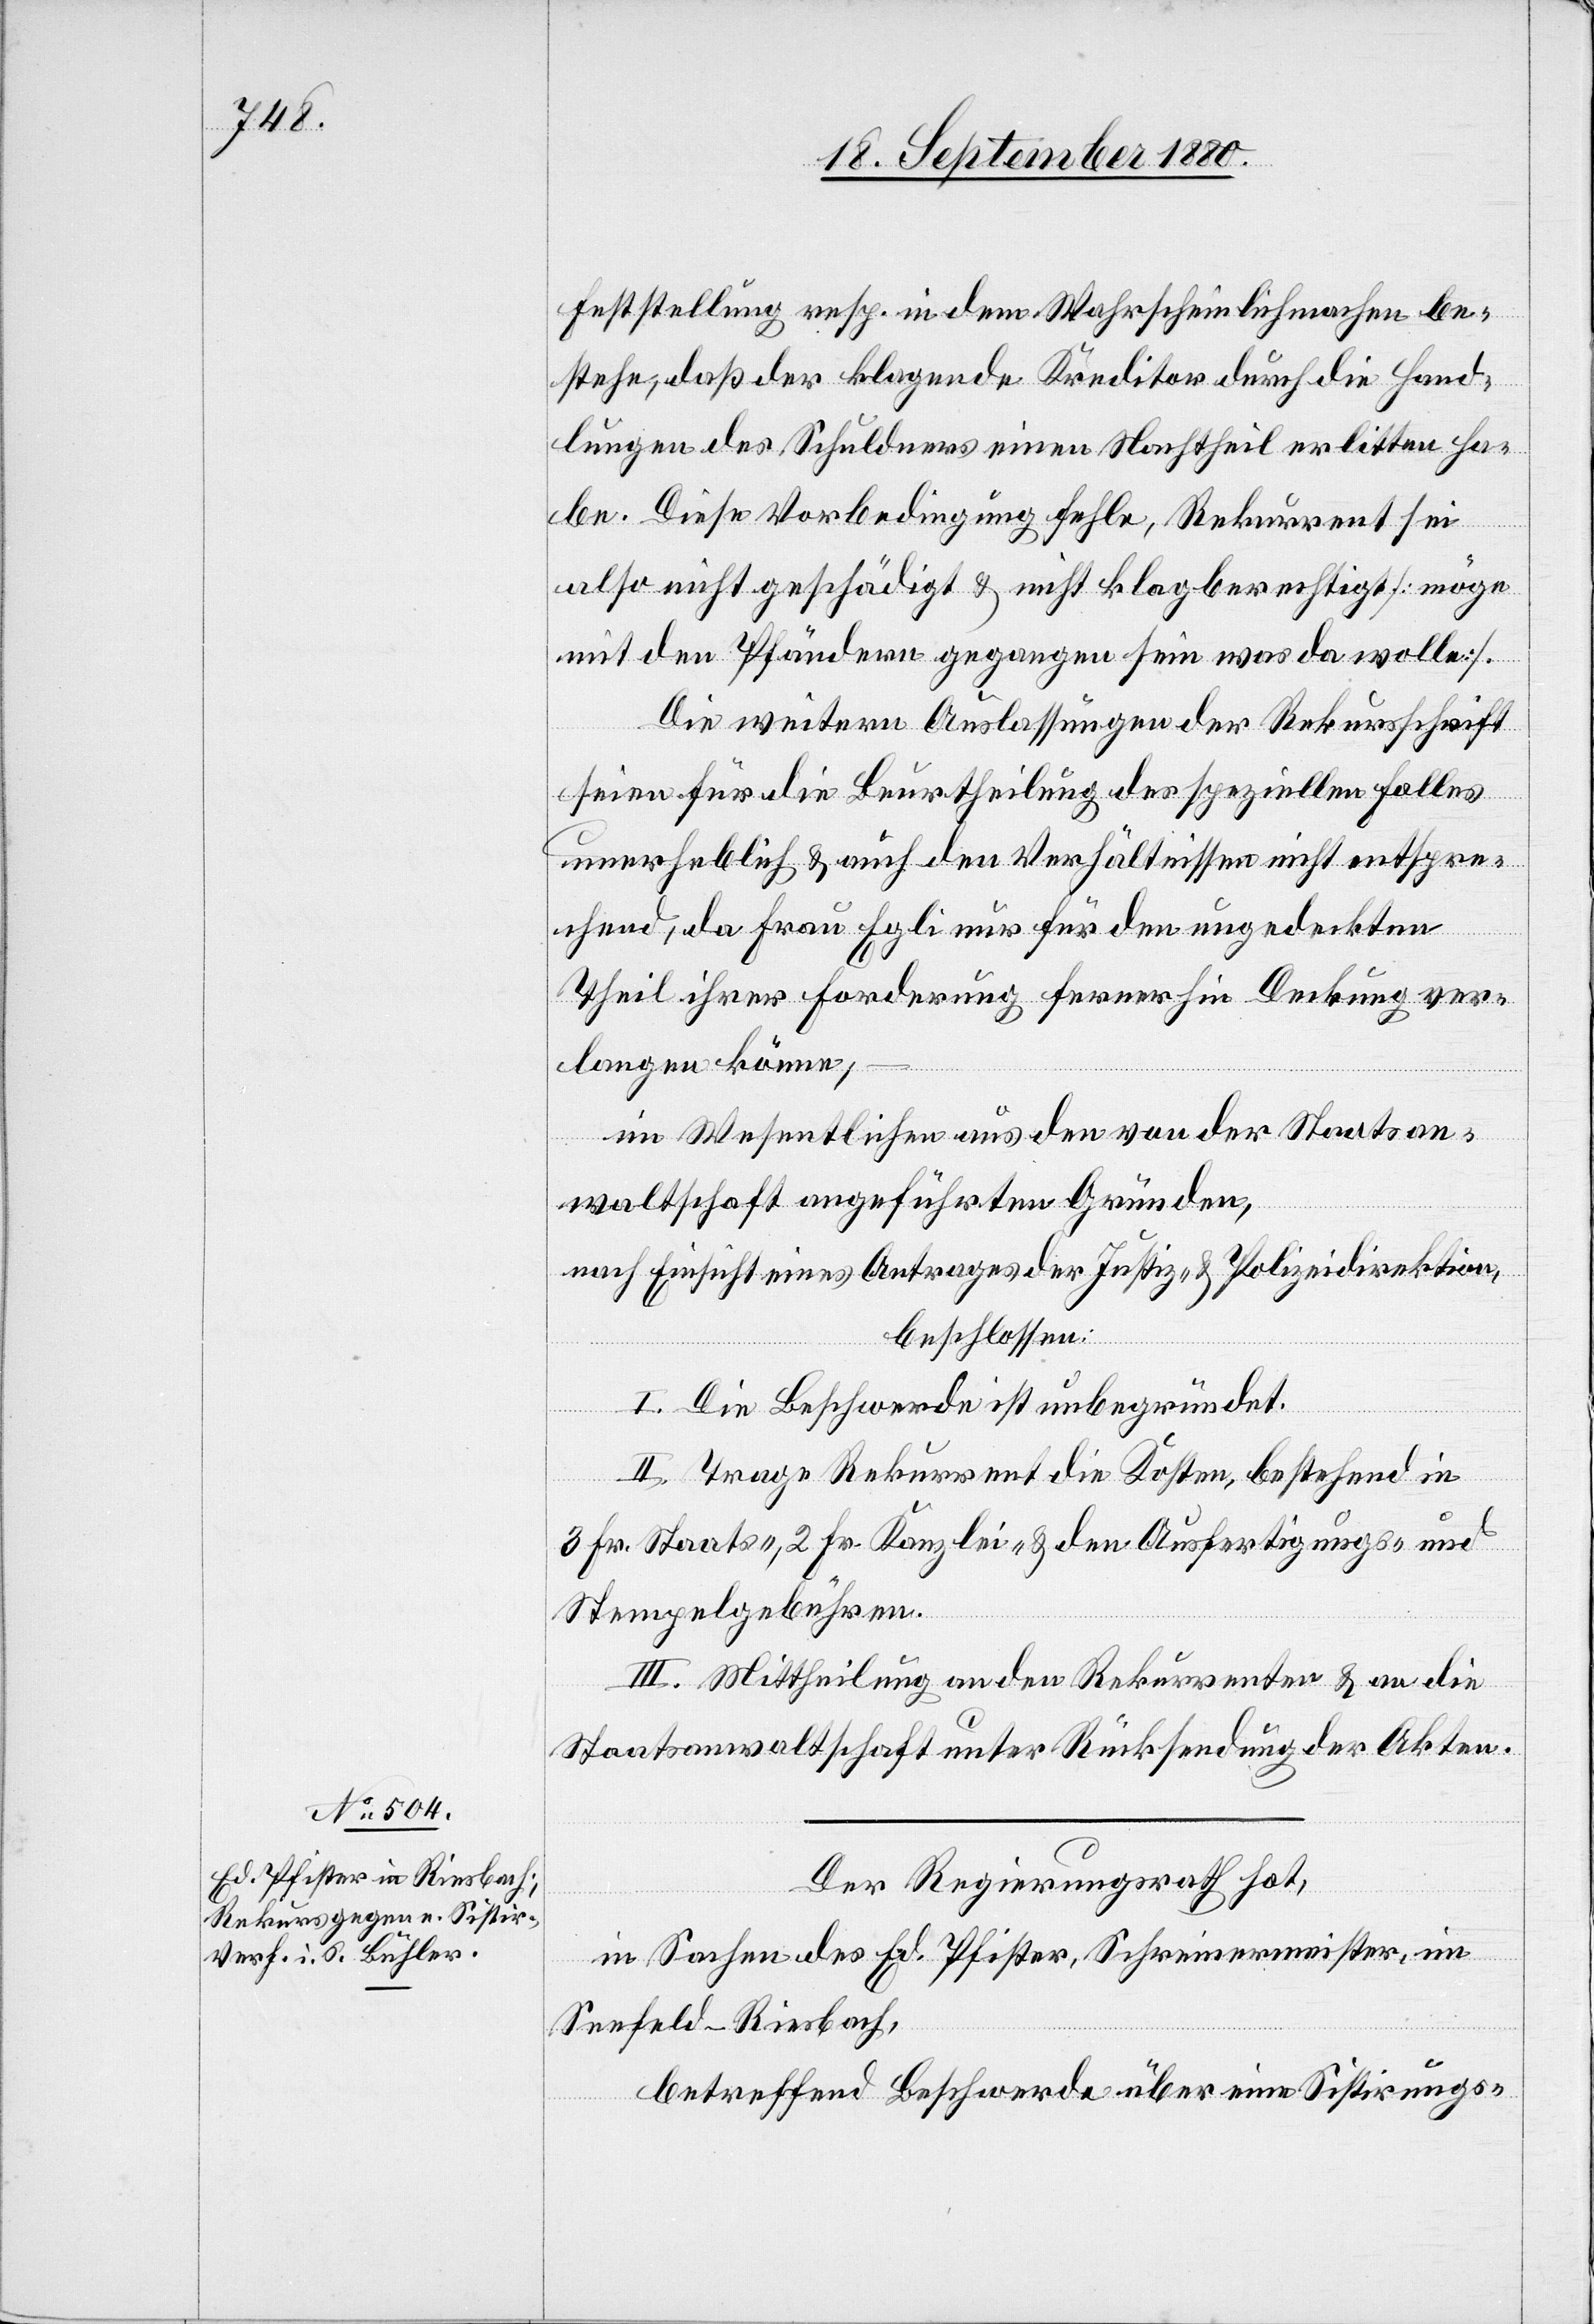
Feststellung resp. in dem Wahrscheinlichmachen be¬
stehe, daß der klagende Kreditor durch die Hand¬
lungen des Schuldners einen Nachtheil erlitten ha¬
be. Diese Vorbedingung fehle, Rekurrent sei
also nicht geschädigt & nicht klagberechtigt [möge
mit den Pfändern gegangen sein was da wolle].
Die weitern Auslassungen der Rekursschrift
seien für die Beurtheilung des speziellen Falles
unerheblich & auch den Verhältnissen nicht entspre¬
chend, da Frau Egli nur für den ungedeckten
Theil ihrer Forderung ferner hin Deckung ver¬
langen könne;
im Wesentlichen aus den von der Staatsan¬
waltschaft angeführten Gründen,
nach Einsicht eines Antrages der Justiz- & Polizeidirektion,
beschlossen:
I. Die Beschwerde ist unbegründet.
II. Trage Rekurrent die Kosten, bestehend in
3 Fr. Staats-, 2 Fr. Kanzlei- & den Ausfertigungs- und
Stempelgebühren.
III. Mittheilung an den Rekurrenten & an die
Staatsanwaltschaft unter Rücksendung der Akten.
Der Regierungsrath hat,
in Sachen des Ed. Pfister, Schreinermeister, im
Seefeld - Riesbach,
betreffend Beschwerde über eine Sistirungs-